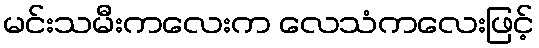
မင်းသမီးကလေးက လေသံကလေးဖြင့်